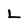
Character: L